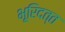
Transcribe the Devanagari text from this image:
भूरिदत्त